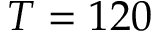
T = 1 2 0